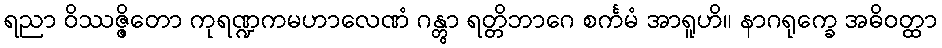
ရညာ ဝိဿဇ္ဇိတော ကုရဏ္ဍကမဟာလေဏံ ဂန္တွာ ရတ္တိဘာဂေ စင်္ကမံ အာရူဟိ။ နာဂရုက္ခေ အဓိဝတ္ထာ